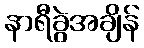
နာရီခွဲအချိန်